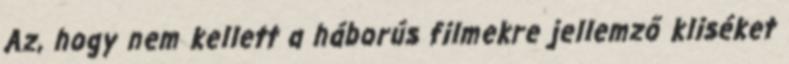
Az, hogy nem kellett a háborús filmekre jellemző kliséket